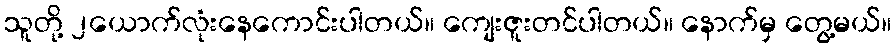
သူတို့ ၂ယောက်လုံးနေကောင်းပါတယ်။ ကျေးဇူးတင်ပါတယ်။ နောက်မှ တွေ့မယ်။